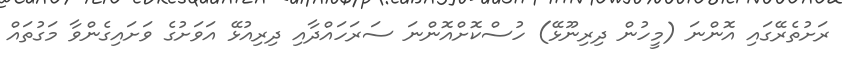
ރަށުތެރޭގައި އޮންނަ (މީހުން ދިރިނޫޅޭ) ހުސްކޮށްއޮންނަ ސަރަހައްދާއި ދިރިއުޅޭ އަވަށުގެ ވަށައިގެންވާ މަގުތައް